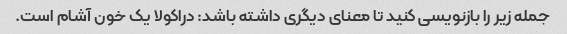
جمله زیر را بازنویسی کنید تا معنای دیگری داشته باشد: دراکولا یک خون آشام است.